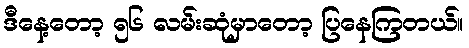
ဒီနေ့တော့ ၅၆ လမ်းဆုံမှာတော့ ပြနေကြတယ်။